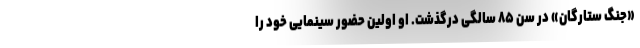
«جنگ ستارگان» در سن ۸۵ سالگی درگذشت. او اولین حضور سینمایی خود را